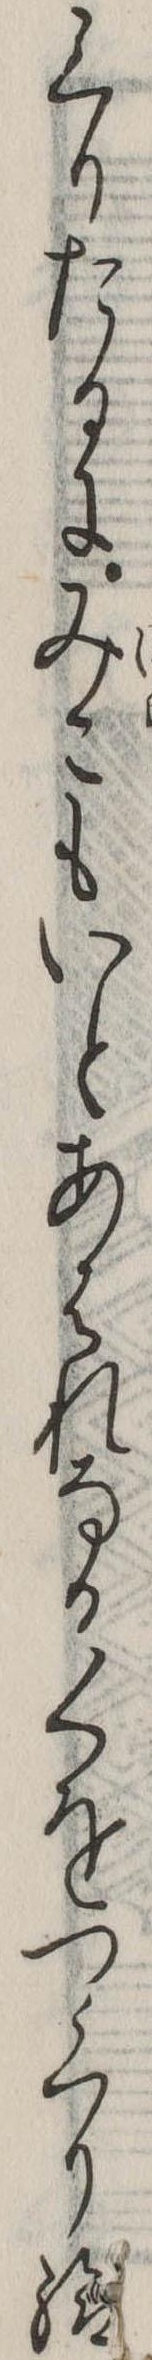
くりたるにみこもいとあはれなるくをつくり給